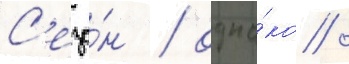
С'езо́н / одна́ко /